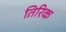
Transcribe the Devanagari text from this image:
तिरिक